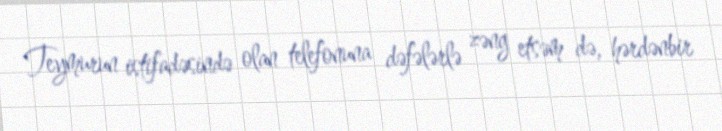
Teymurun istifadəsində olan telefonuna dəfələrlə zəng etsəm də, hərdənbir